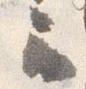
云